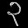
Digit: ၃